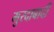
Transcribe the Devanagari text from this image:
मुरदाबादी